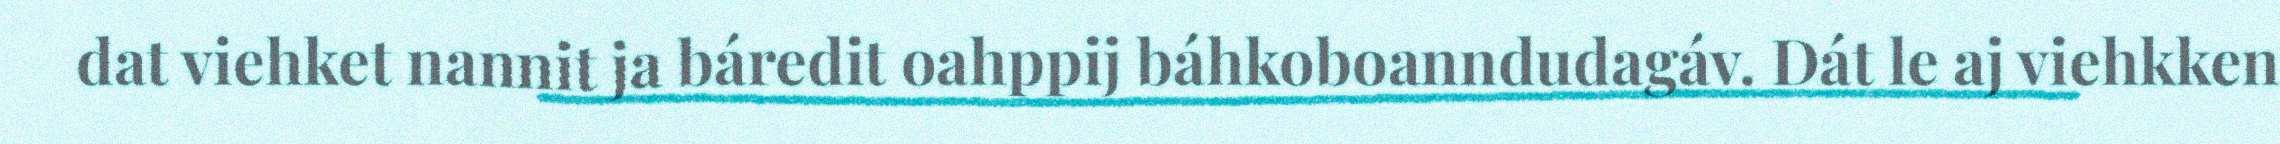
dat viehket nannit ja báredit oahppij báhkoboanndudagáv. Dát le aj viehkken